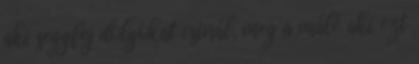
aki seggfej dolgokat csinál, meg a málé aki ezt